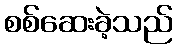
စစ်ဆေးခဲ့သည်